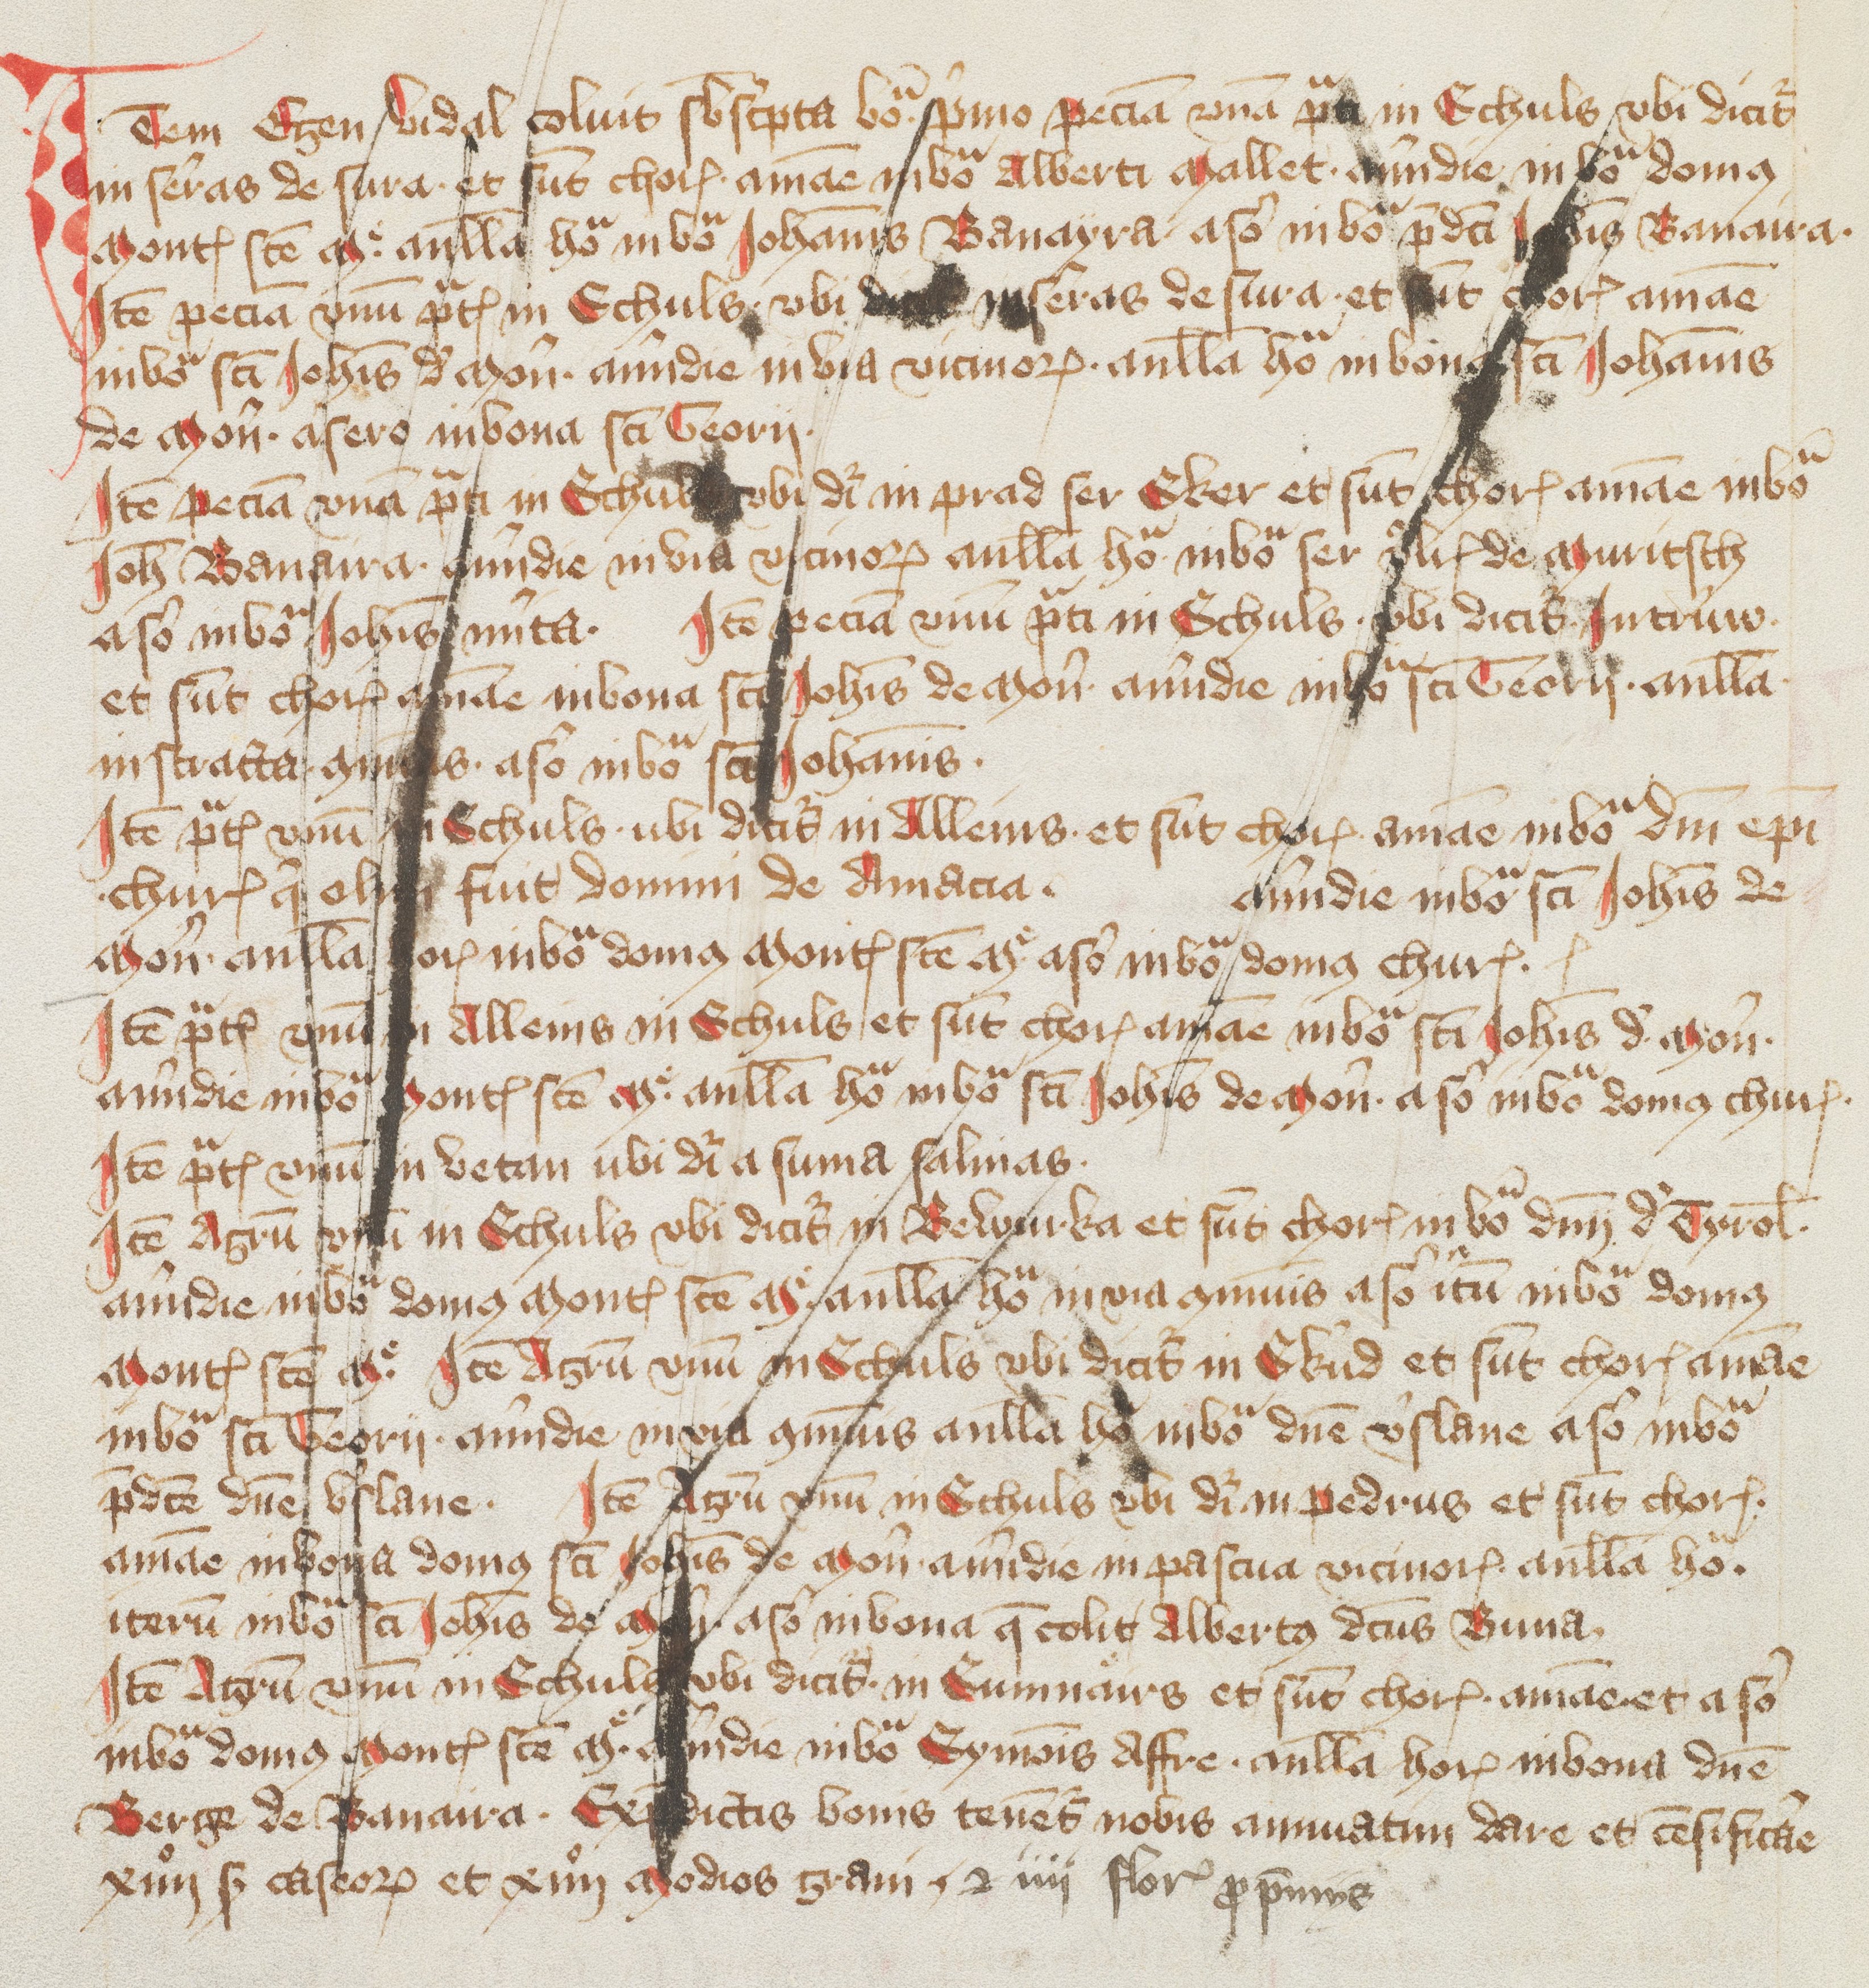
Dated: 1418–1418